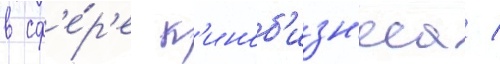
в сф'е́р'е к'иноб'изн'еса /